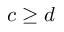
c \geq d